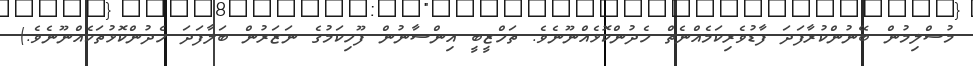
މުސްލިމުން ބޭނުންކުރާފަދަ ފާޑުވެރިކަމެއްނެތް ހެދުންކޮޅެއްނޫނެވެ. ތަހްޒީބީ އިންސާނުން ފޫހިކަމުގެ ނަޒަރުން ބަލާފަދަ ހެދުންކޮޅުތަކެއްނޫނެވެ.)